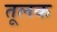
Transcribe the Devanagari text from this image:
तूलक